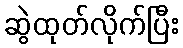
ဆွဲထုတ်လိုက်ပြီး